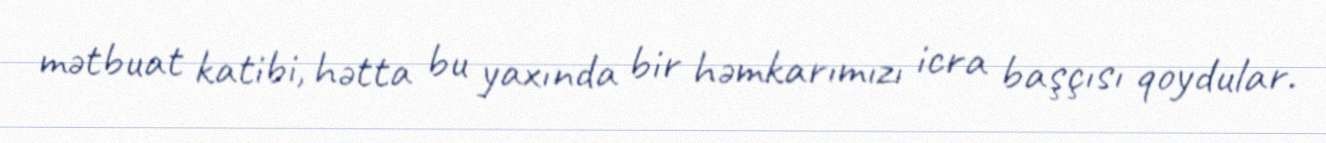
mətbuat katibi, hətta bu yaxında bir həmkarımızı icra başçısı qoydular.